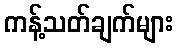
ကန့်သတ်ချက်များ